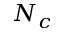
N _ { c }